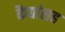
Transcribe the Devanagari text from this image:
कैद्यांसह